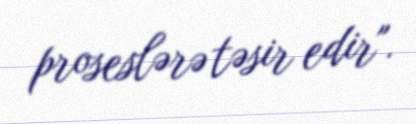
proseslərə təsir edir".